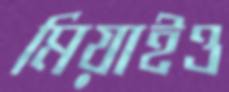
মিয়াইও